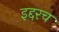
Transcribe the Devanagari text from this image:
इद्दरच